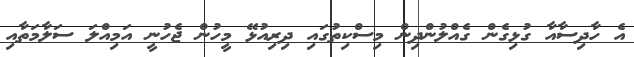
އެ ހާދިސާއާ ގުޅިގެން ގެއްލުންދިން މިސްކިތުގައި ދިރިއުޅޭ މީހުން ޖެހުނީ އަމިއްލަ ސަލާމަތާއި